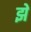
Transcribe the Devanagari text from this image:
झे